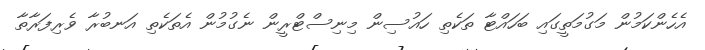
އެހެންކަމުން މަގުމަތީގައި ބަހައްޓާ ތަކެތި ހައުސިން މިނިސްޓްރީން ނެގުމުން އެތަކެތި އަނބުރާ ވެރިފަރާތާ